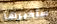
سأخبرها